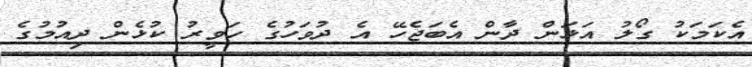
އެކަމަކު ގޯލު އަޅަން ދާން އެބަޖެހޭ އެ ދުވަހުގެ ހަވީރު ކުޅެން ދިއުމުގެ